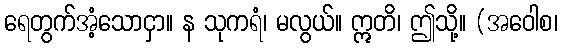
ရေတွက်အံ့သောငှာ။ န သုကရံ၊ မလွယ်။ ဣတိ၊ ဤသို့။ (အဝေါစ၊